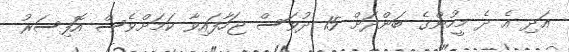
އަދި އެ ދެ މީހުންގެ ބަންދަށް 15 ދުވަސް ޖަހާފައިވާ ކަމަށްވެސް އޮފިސަރު